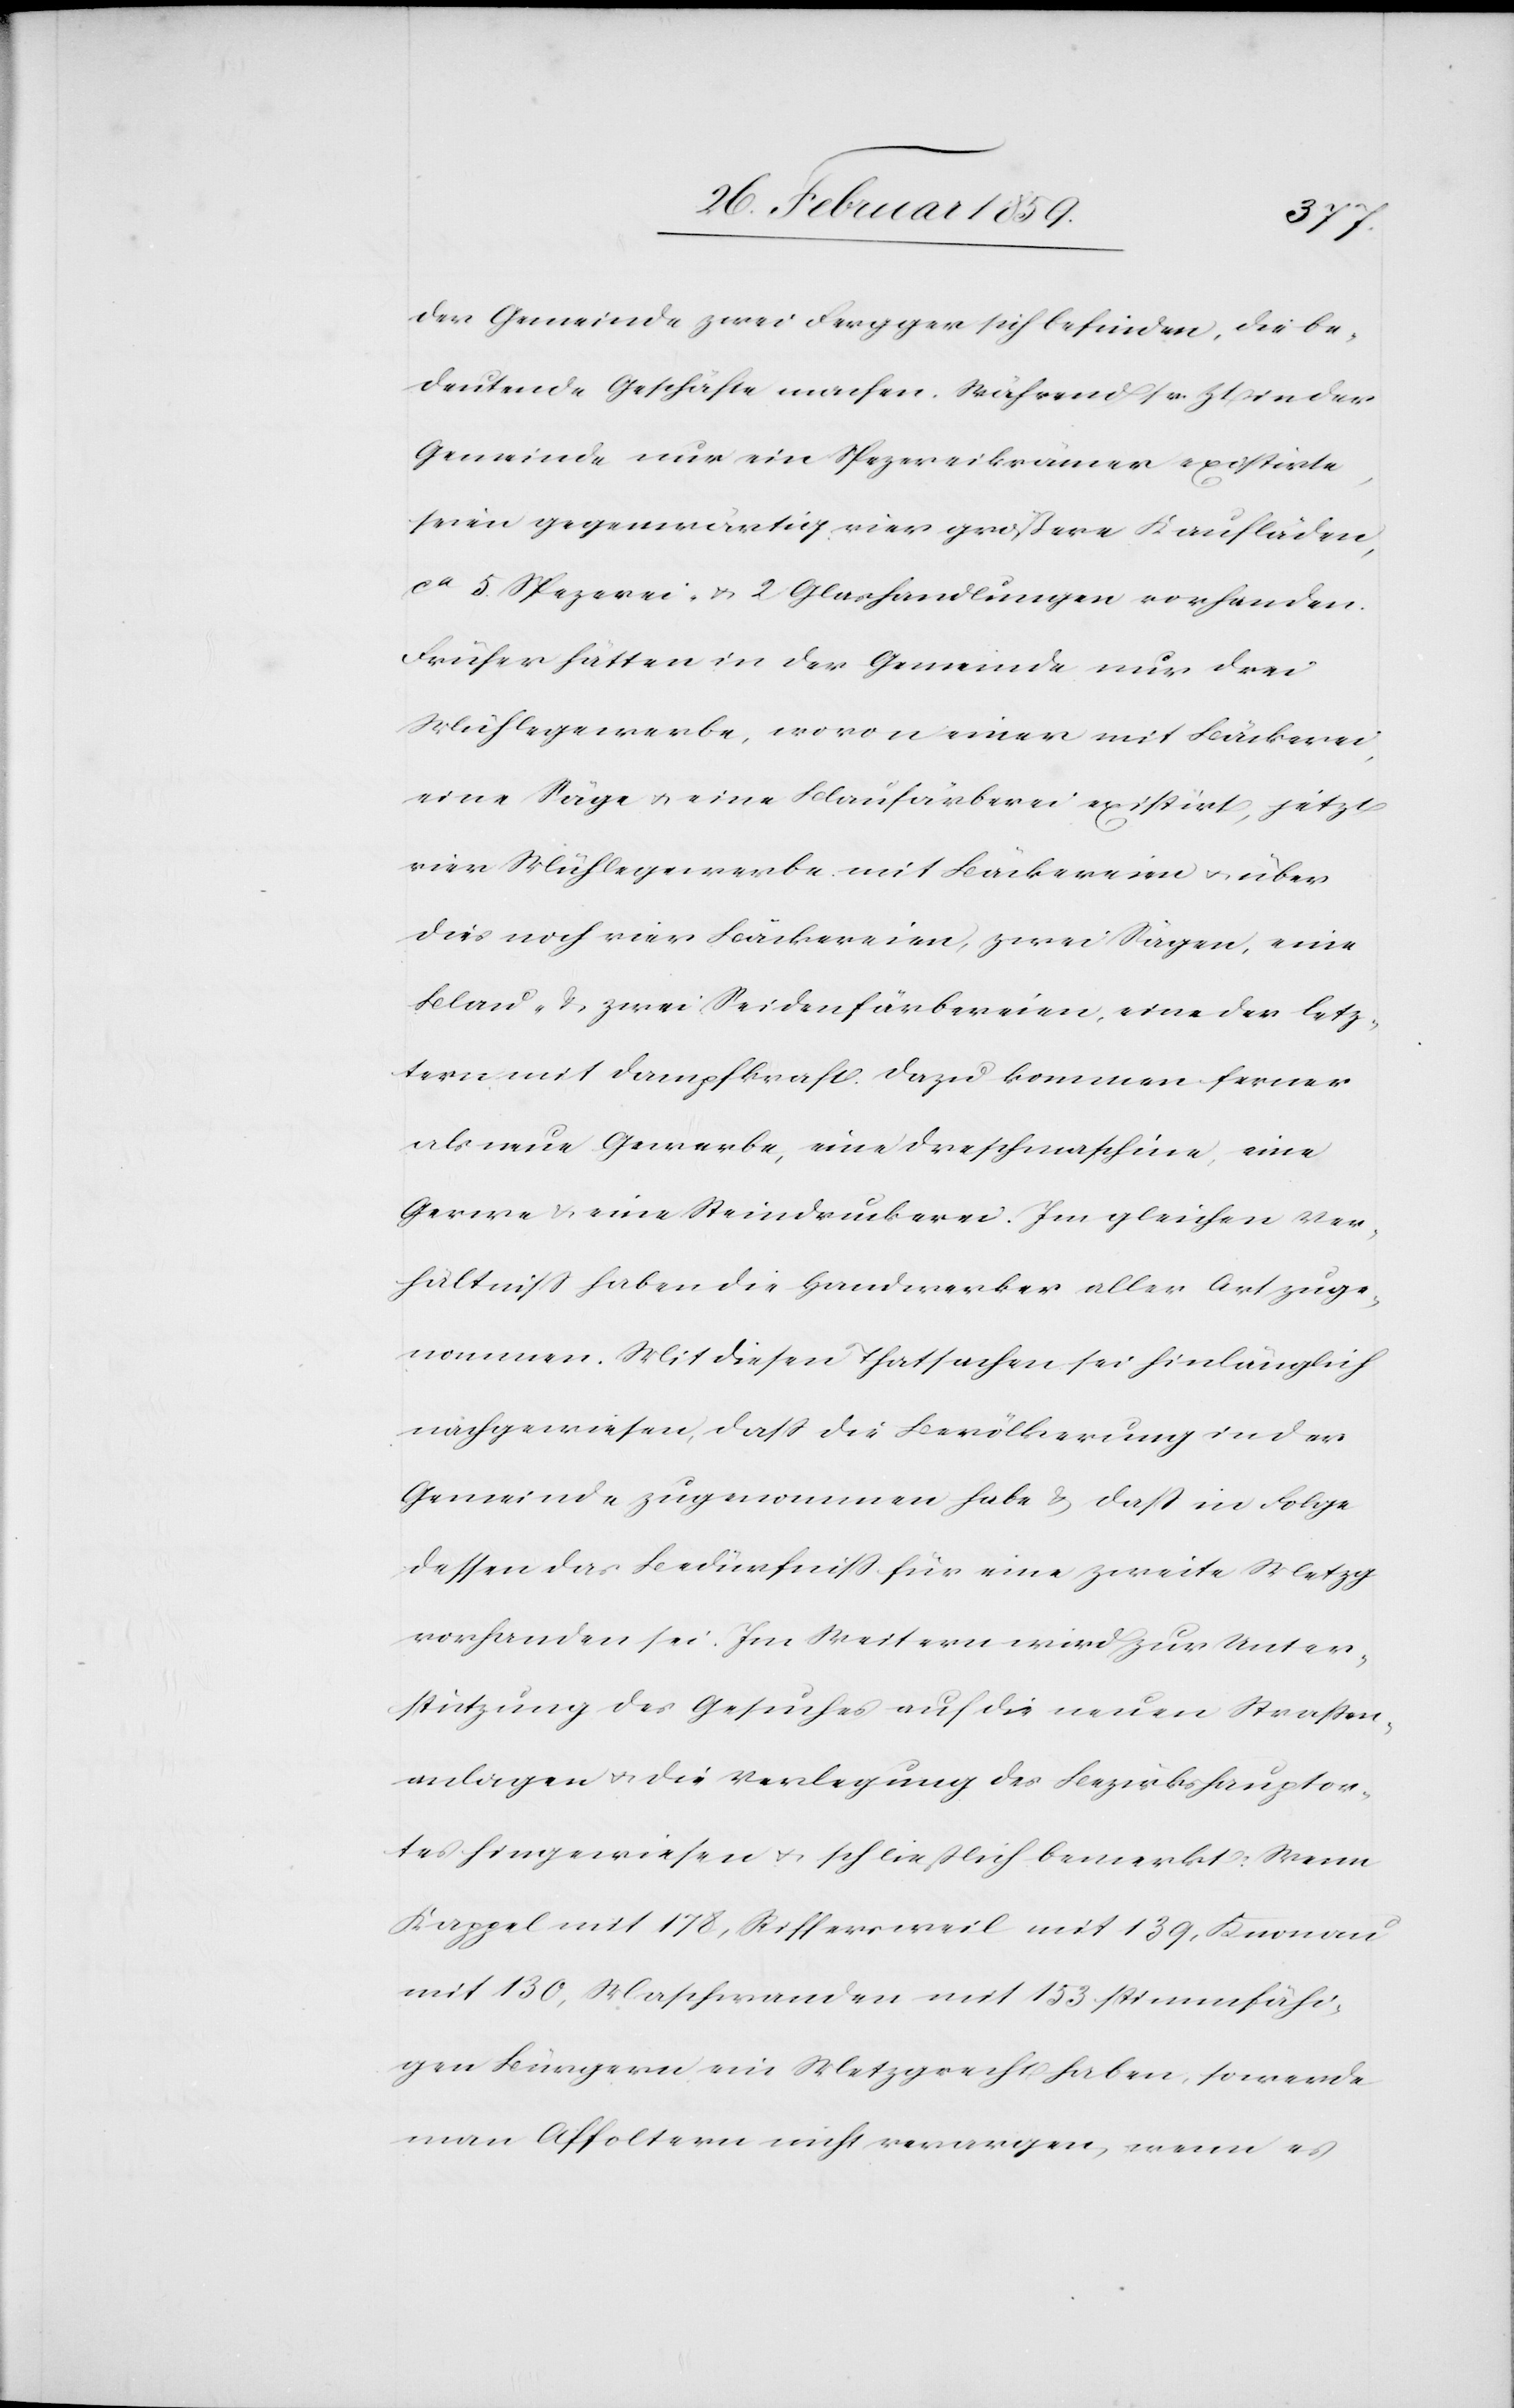
der Gemeinde zwei Fergger sich befinden, die be¬
deutende Geschäfte machen. Während sr. Zt in der
Gemeinde nur ein Spezereikrämer existirte,
seien gegenwärtig vier größere Kaufläden,
ca 5 Spezerei- u. 2 Glashandlungen vorhanden.
Früher hätten in der Gemeinde nur drei
Mühlegewerbe, wovon einer mit Bäckerei,
eine Säge u. eine Blaufärberei existirt, jetzt
vier Mühlegewerbe mit Bäckereien u. über
dies noch vier Bäckereien, zwei Sägen, eine
Blau- & zwei Seidenfärbereien, eine der letz¬
tern mit Dampfkraft. Dazu kommen ferner
als neue Gewerbe, eine Dreschmaschine, eine
Gerwe & eine Steindruckerei. Im gleichen Ver¬
hältniß haben die Handwerker aller Art zuge¬
nommen. Mit diesen Thatsachen sei hinlänglich
nachgewiesen, daß die Bevölkerung in der
Gemeinde zugenommen habe & daß in Folge
dessen das Bedürfniß für eine zweite Metzg
vorhanden sei. Im Weitern wird zur Unter¬
stützung des Gesuches auf die neuen Straßen¬
anlagen u. die Verlegung des Bezirkshauptor¬
tes hingewiesen u. schließlich bemerkt: Wenn
Kappel mit 178, Riffersweil mit 139, Knonau
mit 130, Maschwanden mit 153 stimmfähi¬
gen Bürgern ein Metzgrecht haben, so werde
man Affoltern nicht verargen, wenn es